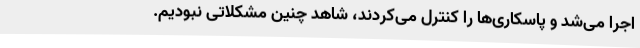
اجرا می‌شد و پاسکاری‌ها را کنترل می‌کردند، شاهد چنین مشکلاتی نبودیم.